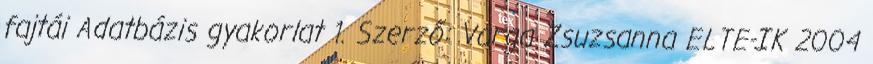
fajtái Adatbázis gyakorlat 1. Szerző: Varga Zsuzsanna ELTE-IK 2004